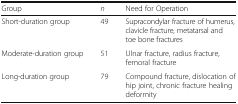
<table><thead><tr><td><b>Group</b></td><td><b><i>n</i></b></td><td><b>Need for Operation</b></td></tr></thead><tbody><tr><td>Short-duration group</td><td>49</td><td>Supracondylar fracture of humerus, clavicle fracture, metatarsal and toe bone fractures</td></tr><tr><td>Moderate-duration group</td><td>51</td><td>Ulnar fracture, radius fracture, femoral fracture</td></tr><tr><td>Long-duration group</td><td>79</td><td>Compound fracture, dislocation of hip joint, chronic fracture healing deformity</td></tr></tbody></table>